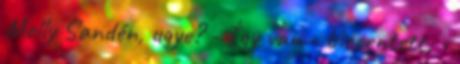
Molly Sandén, ugye? - Így van - biccentett. -